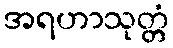
အရဟာသုတ္တံ